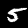
Label: 5